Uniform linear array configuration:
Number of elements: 4
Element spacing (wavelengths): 1
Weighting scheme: hann
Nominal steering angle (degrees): -45
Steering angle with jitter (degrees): -45.279
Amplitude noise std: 0.05
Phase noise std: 0.05

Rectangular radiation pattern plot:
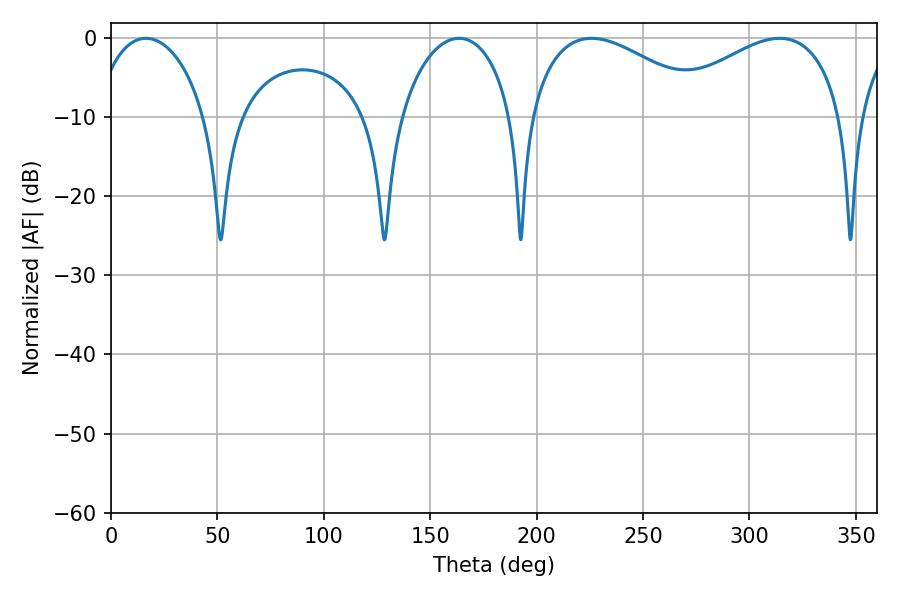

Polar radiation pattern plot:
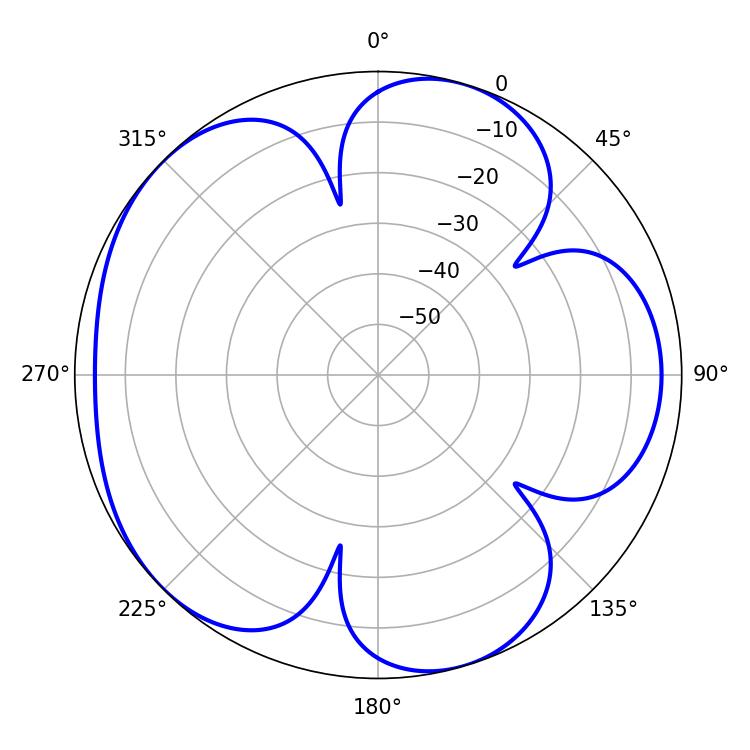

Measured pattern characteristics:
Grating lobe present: TRUE
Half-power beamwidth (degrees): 30.24
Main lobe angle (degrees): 16.38